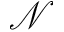
\mathcal N